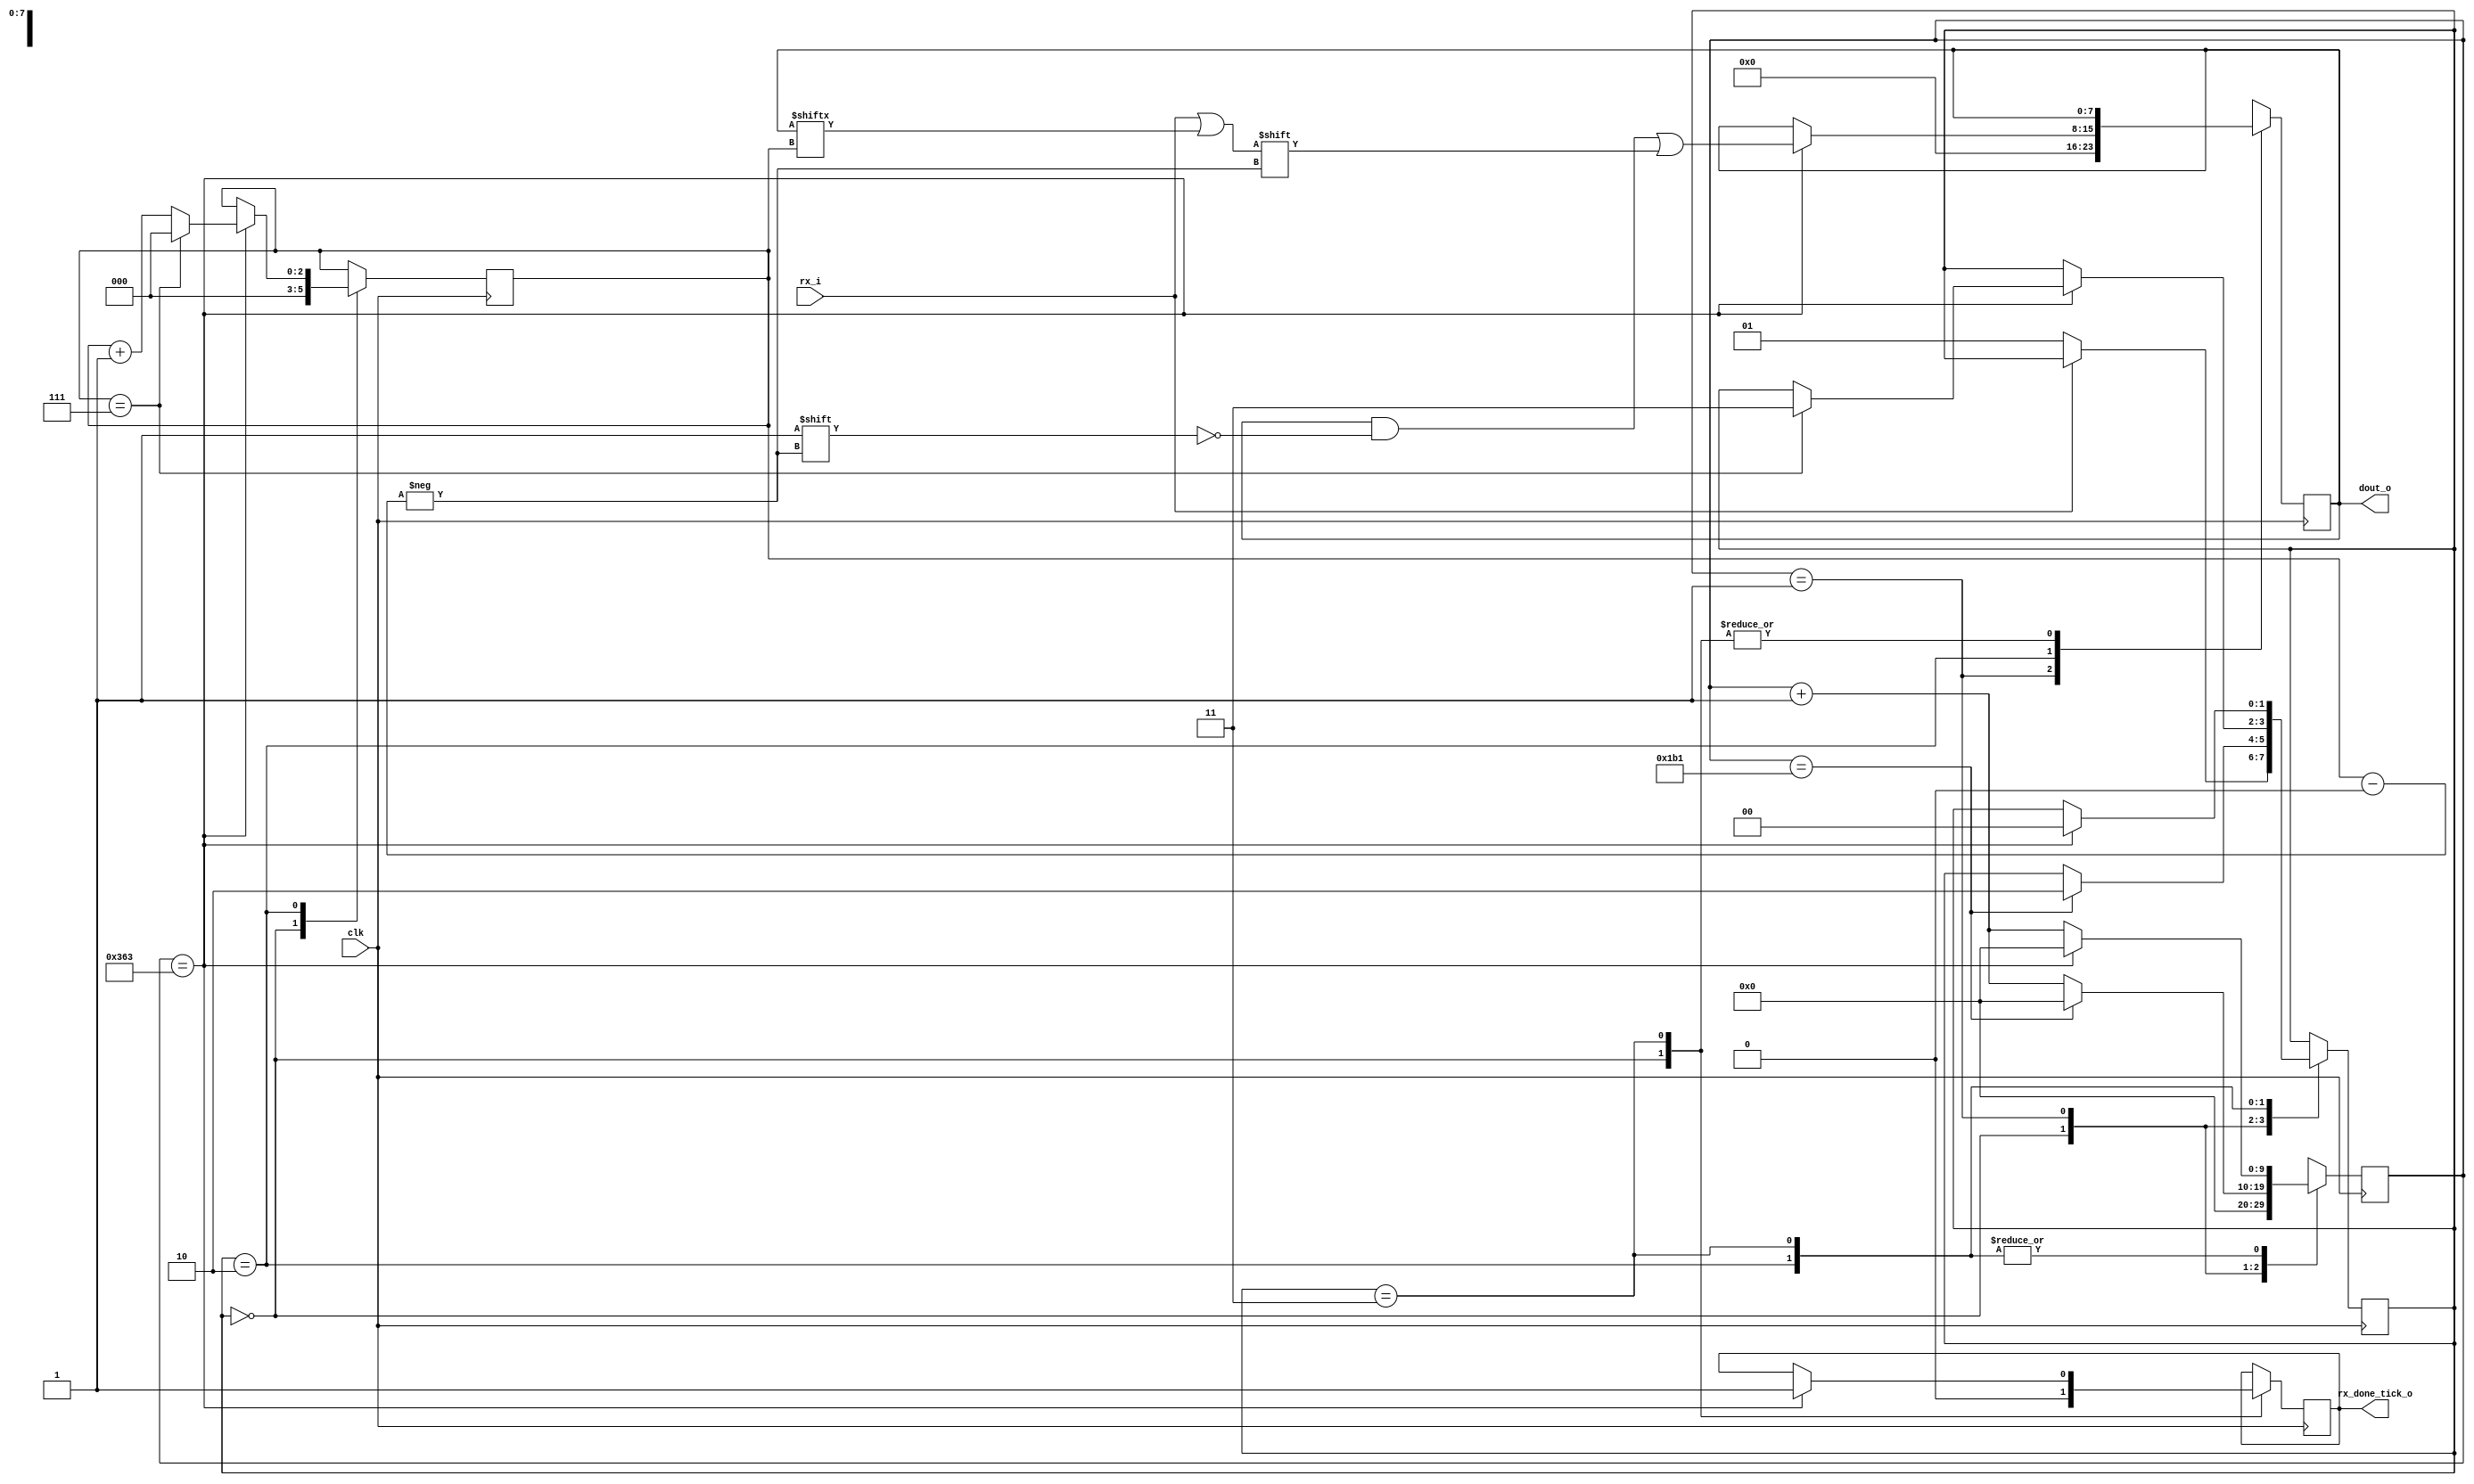
`timescale 1ns / 1ps



module uart_rx
    #(  parameter p_clkfreq = 100_000_000,  
        parameter p_baudrate= 115_200  
    ) (
        input clk,
        input rx_i,
        output [7:0] dout_o,
        output reg rx_done_tick_o

    );
   
    localparam p_bittimerlim = p_clkfreq/p_baudrate;
    localparam S_IDLE = 2'b00, S_START = 2'b01, S_DATA = 2'b10, S_STOP = 2'b11;


    reg [clogb2(p_bittimerlim)-1:0] bittimer = 0;
	reg [clogb2(7)-1:0] bitcntr ;
	reg [7:0] shreg = 8'b0 ;
	reg [1:0] state;

    always @(posedge clk) begin

        case (state)
        
            S_IDLE : begin
                rx_done_tick_o	<= 0;
			    bittimer		<= 0;
                bitcntr         <= 0;
                if (rx_i == 0) begin
                    state	<= S_START;
                end
            end	
            
            S_START : begin	
                shreg  <= 0;
                if (bittimer == p_bittimerlim/2-1) begin
                    state		<= S_DATA;
                    bittimer	<= 0;
                end    
                else begin
                    bittimer	<= bittimer + 1;
                end 
            end
            
            S_DATA : begin	
                if (bittimer == p_bittimerlim-1) begin
                    if (bitcntr == 7) begin
                        state	<= S_STOP;
                        bitcntr	<= 0;
                    end    
                    else begin
                        bitcntr	<= bitcntr + 1;
                    end 
                    shreg[bitcntr]	<= rx_i | shreg [bitcntr];
                    bittimer	<= 0;
                end    
                else begin
                    bittimer	<= bittimer + 1;
                end   
            end    
           
    
            S_STOP : begin		
                if (bittimer == p_bittimerlim-1) begin
                    state			<= S_IDLE;
                    bittimer		<= 0;
                    rx_done_tick_o	<= 1;
                end    
                else begin
                    bittimer	<= bittimer + 1;
                end 
            end    
            default: begin
                state			<= S_IDLE;
            end	
        endcase
        
    end	


assign dout_o = shreg; 
    
function integer clogb2;
input integer depth;
  for (clogb2=0; depth>0; clogb2=clogb2+1)
    depth = depth >> 1;
endfunction


endmodule